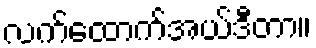
လက်ထောက်အယ်ဒီတာ။